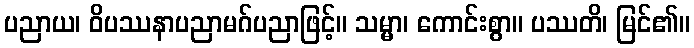
ပညာယ၊ ဝိပဿနာပညာမဂ်ပညာဖြင့်။ သမ္မာ၊ ကောင်းစွာ။ ပဿတိ၊ မြင်၏။